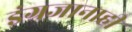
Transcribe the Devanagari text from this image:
इंग्रजानाही